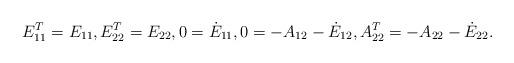
LaTeX: \begin{align*}E_{11}^T=E_{11},E_{22}^T=E_{22},0=\dot E_{11},0=-A_{12}-\dot E_{12},A_{22}^T=-A_{22}-\dot E_{22}.\end{align*}